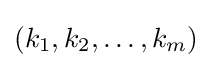
(k_{1},k_{2},\dots ,k_{m})